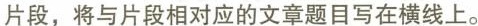
片段，将与片段相对应的文章题目写在横线上。